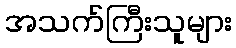
အသက်ကြီးသူများ